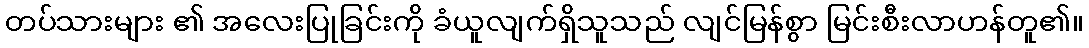
တပ်သားများ ၏ အလေးပြုခြင်းကို ခံယူလျက်ရှိသူသည် လျင်မြန်စွာ မြင်းစီးလာဟန်တူ၏။